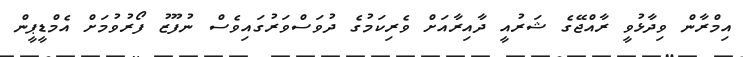
އިމްރާން ވިދާޅުވީ ރާއްޖޭގެ ޝަރުއީ ދާއިރާއަށް ވެރިކަމުގެ ދުވަސްވަރުގައިވެސް ނުފޫޒު ފޯރުވުމަށް އެމްޑީޕީން